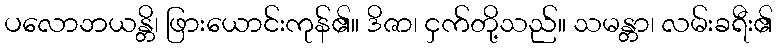
ပလောဘယန္တိ၊ ဖြားယောင်းကုန်၏။ ဒိဇာ၊ ငှက်တို့သည်။ သမန္တာ၊ လမ်းခရီး၏